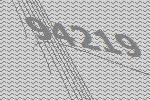
94219